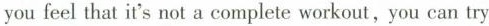
you feel that it's not a complete workout, you can try